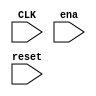
module Controller
(
	input CLK,
	input ena,
	input reset
	

);

	parameter [4:0] STAND_BY = 0,MC_TURN_ON = 1,WAITING_POWER_STAB = 2,CHIP_INIT = 3,
	ADC_INIT_A = 4,ADC_INIT_B = 5,ADC_INIT_C = 6,ADC_INIT_D = 7,ADC_INIT_E = 8,CONF_DIG_OUT = 9,OUTMODE_LATCH_CONFIG = 10,
	WAITLATCH_COMPLETE = 11,LATCH_STATUS = 12,FRAME_SYNC_REG_CONF = 13,FRAME_SYNC_START = 14;
	
	always @(*)
	begin
		


	end


endmodule